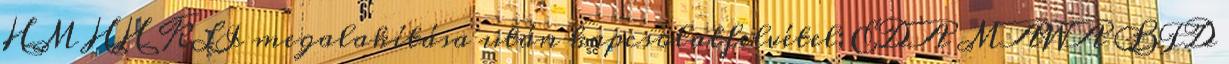
HM HH KLI megalakítása után kapcsolatfelvétel; EDA MAWA BFD